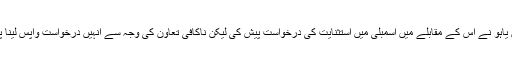
نیتان یاہو نے اس کے مقابلے میں اسمبلی میں استثنایت کی درخواست پیش کی لیکن ناکافی تعاون کی وجہ سے انہیں درخواست واپس لینا پڑی۔